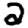
Digit: 2